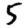
Digit: 5